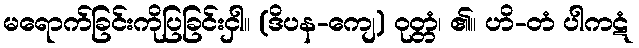
မရောက်ခြင်းကိုပြခြင်းငှါ။ (ဒိပန-ကျေ) ဝုတ္တံ၊ ၏။ ဟိ-တံ ပါကဋံ